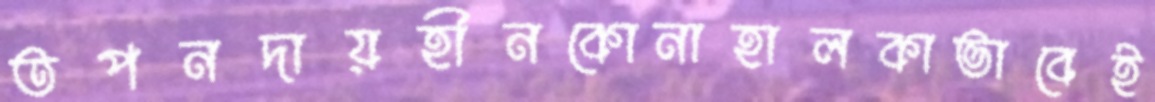
তপনদায়হীনকোনাহালকাভাবেই